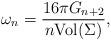
LaTeX: \begin{align*}\omega_n=\frac{16\pi G_{n+2}}{n\mbox {Vol}(\Sigma)},\end{align*}